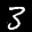
Label: 3